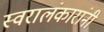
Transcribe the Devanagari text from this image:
स्वरालंकारांनी